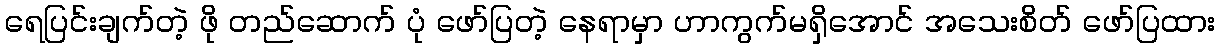
ရေပြင်းချက်တဲ့ ဖို တည်ဆောက် ပုံ ဖော်ပြတဲ့ နေရာမှာ ဟာကွက်မရှိအောင် အသေးစိတ် ဖော်ပြထား